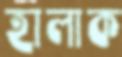
হালাক